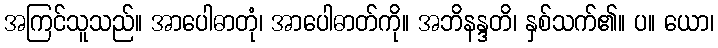
အကြင်သူသည်။ အာပေါဓာတုံ၊ အာပေါဓာတ်ကို။ အဘိနန္ဒတိ၊ နှစ်သက်၏။ ပ။ ယော၊